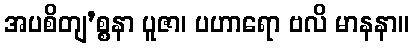
အပစိတျ’စ္စနာ ပူဇာ၊ ပဟာရော ဗလိ မာနနာ။